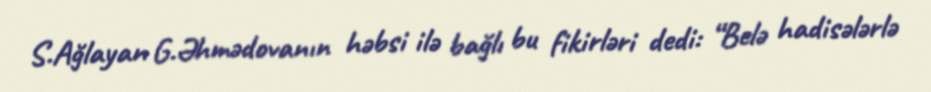
S.Ağlayan G.Əhmədovanın həbsi ilə bağlı bu fikirləri dedi: “Belə hadisələrlə